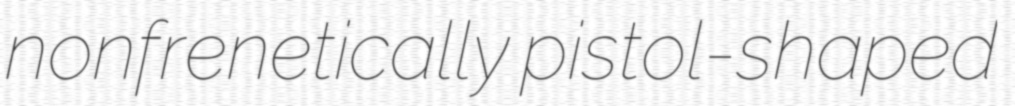
nonfrenetically pistol-shaped